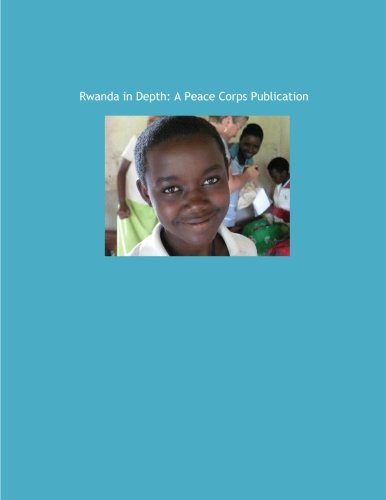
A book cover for Rwanda in Depth: A Peace Corps Publication; Peace Corps; Travel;